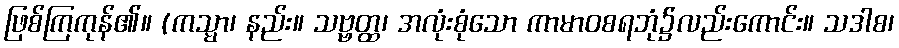
ဖြစ်ကြကုန်၏။ (ကသ္မာ၊ နည်း။ သဗ္ဗတ္ထ၊ အလုံးစုံသော ကာမာဝစရဘုံ၌လည်းကောင်း။ သဒါစ၊